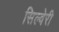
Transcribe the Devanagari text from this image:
सिल्वेरी